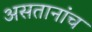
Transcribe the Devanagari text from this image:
असतानांच